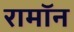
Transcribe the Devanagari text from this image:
रामॉन